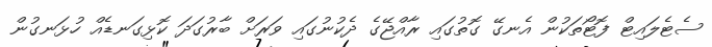
ސެޓެލައިޓް ފޮޓޯތަކުން އެނގޭ ގޮތުގައި ރާއްޖޭގެ ދެކުނުގައި ވަރަށް ބާރުގަދަ ކޮޅިގަނޑެއް ހުޅަނގުން